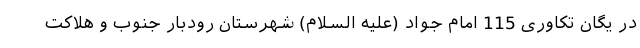
در یگان تکاوری 115 امام جواد (علیه السلام) شهرستان رودبار جنوب و هلاکت